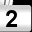
Digit: 2